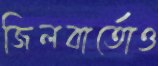
জিলবার্তোও